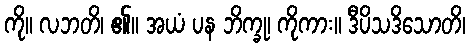
ကို။ လဘတိ၊ ၏။ အယံ ပန ဘိက္ခု၊ ကိုကား။ ဒီပိသဒိသောတိ၊